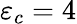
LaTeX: \varepsilon_{c}=4